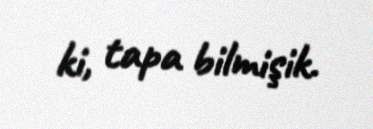
ki, tapa bilmişik.